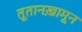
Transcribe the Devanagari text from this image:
तूतानख़ामून